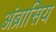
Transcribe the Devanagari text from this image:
अंब्रासिय